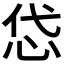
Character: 𢘋